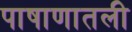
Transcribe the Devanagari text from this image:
पाषाणातली